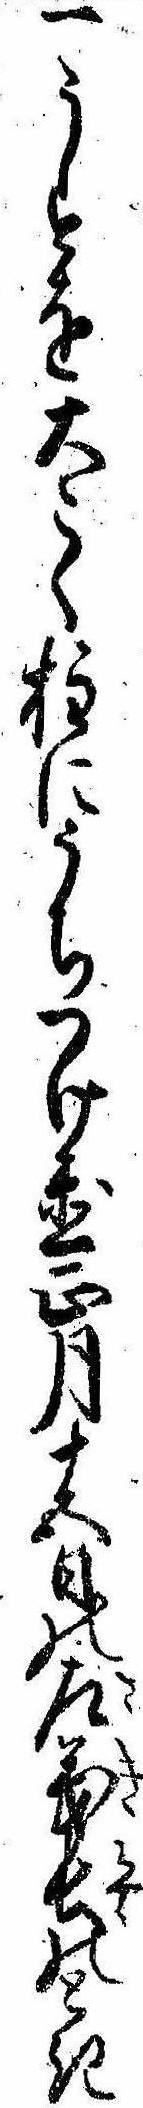
一うすを大こく柱にうちつけ置正月十五日の左義長のとき